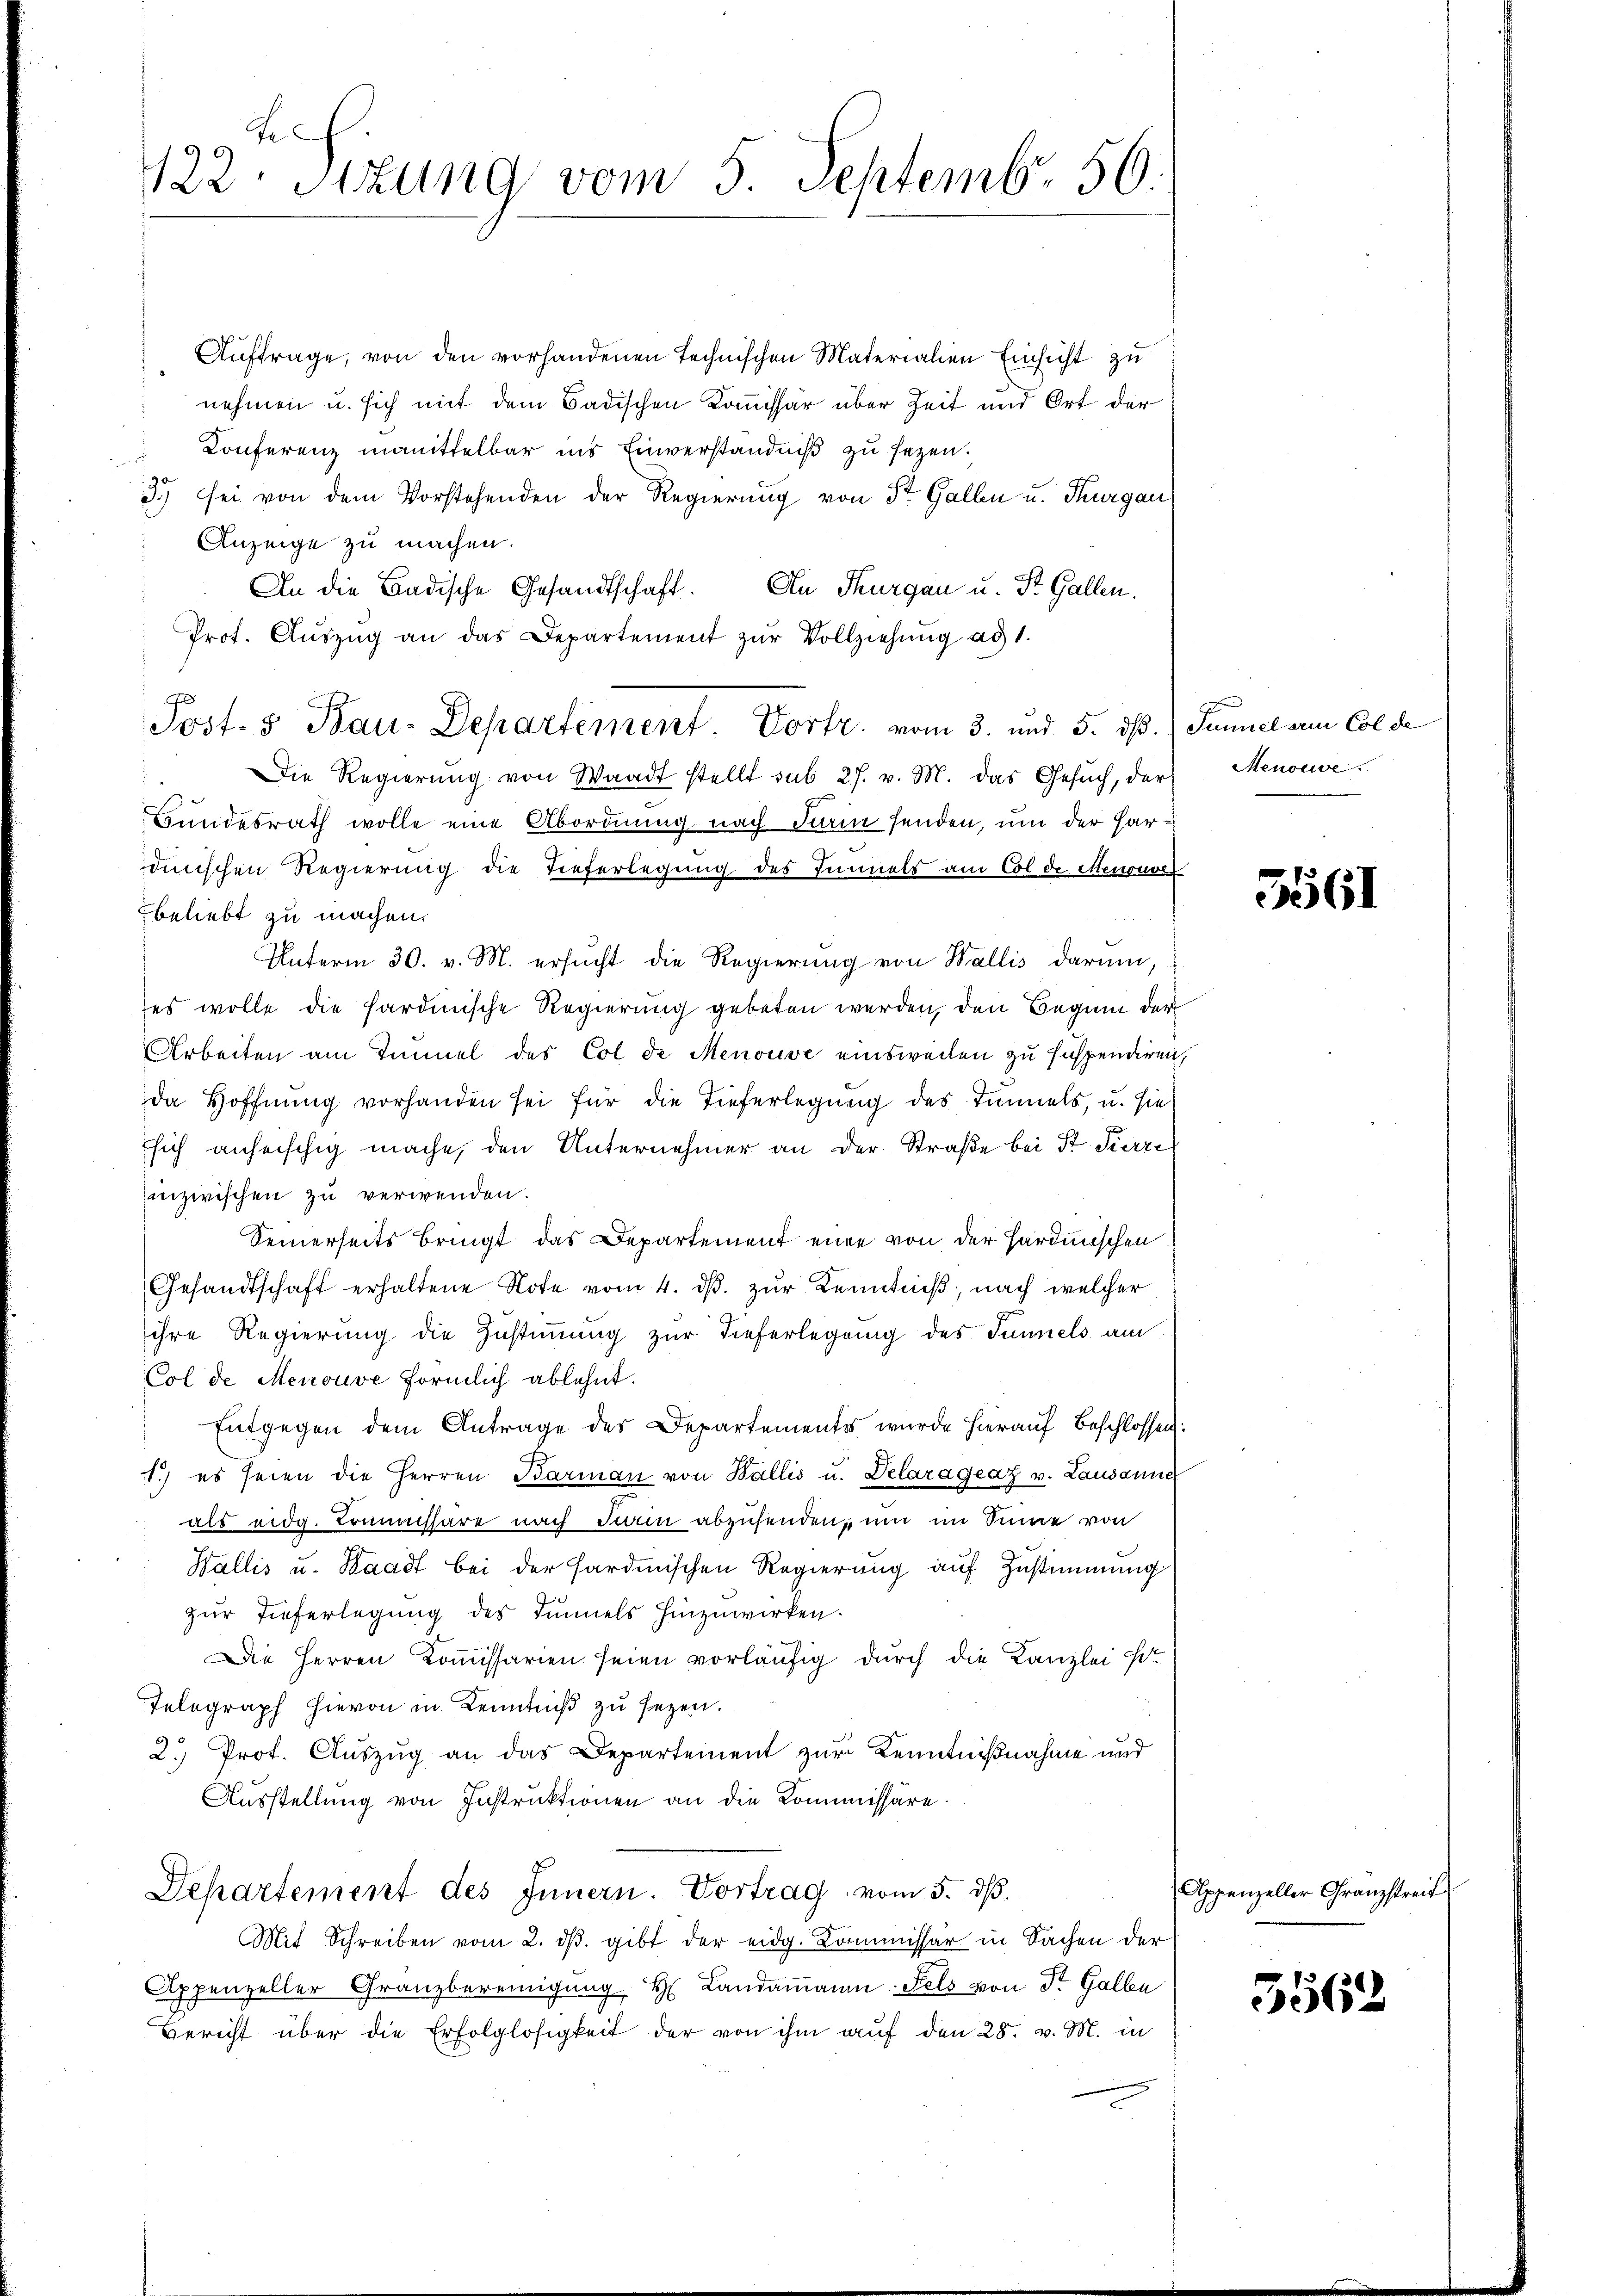
e
122. Sitzung vom 5. Septemb. 56.

Auftrage, von den vorhandenen technischen Materialien Einsicht zu
nehmen u. sich mit dem Badischen Kommissär über Zeit und Ort der
Konferenz manittelbar ins Einverständniß zu sezen.
d
3.) sei von dem Vorstehenden der Regierung von St. Galle u. Thurgau,
Anzeige zu machen.
An die Badische Gesandtschaft. An Thurgau u. St. Gallen.
Prot. Aŭszŭg an das Departement zŭr Vollziehŭng ad 1.
Post. 5 Bau-Departement. Vortr. vom 3. und 5. dß. Tunnel am Colde
Die Regierung von Waadt stellt sub 27. v. M. das Gesŭch, der
Bundesrath wolle eine Abordnung nach darin senden, um der Hardinischen Regierung die Tieferlegung des Einnels am Colde Menouver
beliebt zu machen.
Unterm 30. v. M. ersucht die Regierung von Wallis darum,
es wolle die Sardinische Regierung gebeten werden, den Beginn der
Arbeiten am Innnel des Col de Menouve einsweilen zu suspendiren,
da Hoffnung vorhanden sei für die Tieferlegung des Immels, u. sie
Esich anheischig mache, den Unternehmer an der Straße bei St. Fierze
inzwischen zu verwenden.
Seinerseits bringt das Departement eine von der Hardnischen
Gesandtschaft erhaltene Note vom 4. dβ zŭr Kenntniß, nach welcher
ihre Regierung die Zustimmung zur Tieferlegung des Tunnels am
Col de Menouve förmlich ablehnt.
Entgegen dem Antrage des Departementes wurde hierauf Beschlossen:
1.) es seien die Herren Barmaṅ von Wallis u. Delaragraz v. Lausanne
als eidg. Kommissäre nach Turin abzusenden, um im Sinne von
Wallis u. Waadt bei der sardinischen Regierung auf Zustimmung
zur Tieferlegung des Tunnels hinzuwirken.
Die Herren Koṁissarien seien vorläŭfig durch die Kanzlei s.
Telegraph hievon in Kenntniß zu sezen.
2.) Prot. Auszug an das Departement zur Kenntnißnahme und
Ausstellung von Instruktionen an die Kommissäre.
Departement des Innern. Vortrag vom 5. dß.
Mit Schreiben vom 2. dβ. gibt der eidg. Kommissär in Sachen der
Appenzeller Granzbereinigŭng H. Landaṁann-Fels von Sr. Gallen
Bericht über die Erfolglosigkeit der von ihm auf den 28. v. M. in

Menouve

5561

Appenzeller Granzstreit

5562